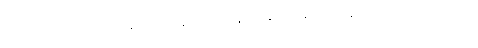
အခဏ္ဍတာဒိဂုဏဝသေန အတ္တနော သီလာနိ အနုဿရတော နေဝဿ တသ္မိံ သမယေ